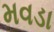
મવડા